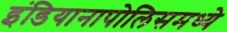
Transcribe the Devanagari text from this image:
इंडियानापोलिसमध्ये